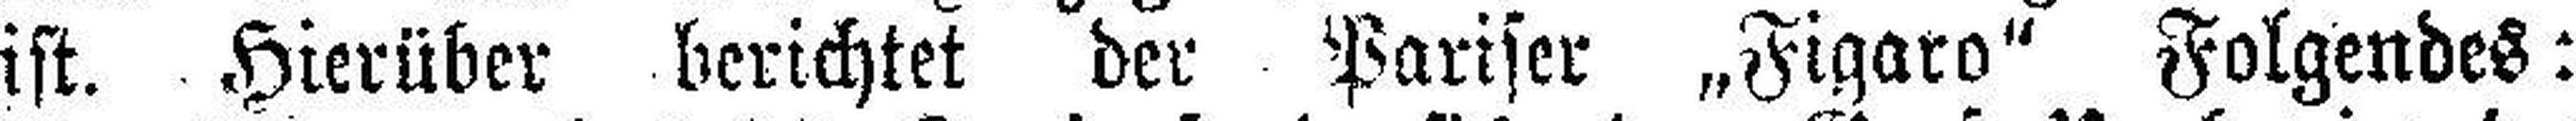
ist. Hierüber berichtet der Pariser „Figaro" Folgendes: